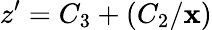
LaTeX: z^{\prime}=C_{3}+(C_{2}/\mathbf{x})